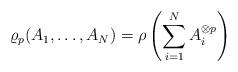
LaTeX: \begin{align*}\varrho_p(A_1,\ldots,A_N)=\rho\left(\sum_{i=1}^N A_i^{\otimes p}\right)\end{align*}